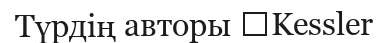
Түрдің авторы 	Kessler